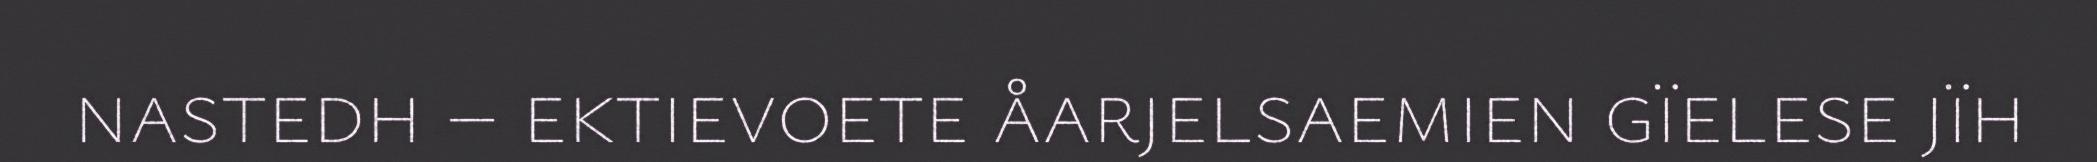
nastedh – ektievoete åarjelsaemien gïelese jïh